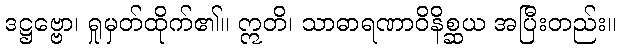
ဒဋ္ဌဗ္ဗော၊ ရှုမှတ်ထိုက်၏။ ဣတိ၊ သာဓာရဏာဝိနိစ္ဆယ အပြီးတည်း။